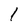
Character: I